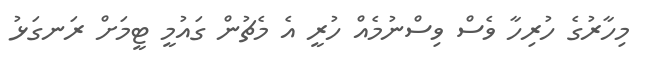
މިހާރުގެ ހުރިހާ ވެސް ވިސްނުމެއް ހުރީ އެ މެޗުން ގައުމީ ޓީމަށް ރަނގަޅު